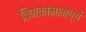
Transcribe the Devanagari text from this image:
विणकामामध्ये